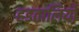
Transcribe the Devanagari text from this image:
हडतालियों